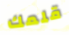
قلمك